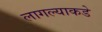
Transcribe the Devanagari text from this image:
लागल्याकडे